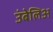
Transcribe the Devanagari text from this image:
उंबेलिअ